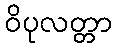
ဝိပုလတ္တာ